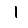
Digit: 1